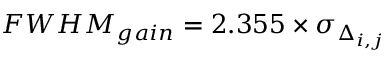
F W H M _ { g a i n } = 2 . 3 5 5 \times \sigma _ { \Delta _ { i , j } }